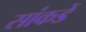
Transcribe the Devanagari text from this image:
सांकडें